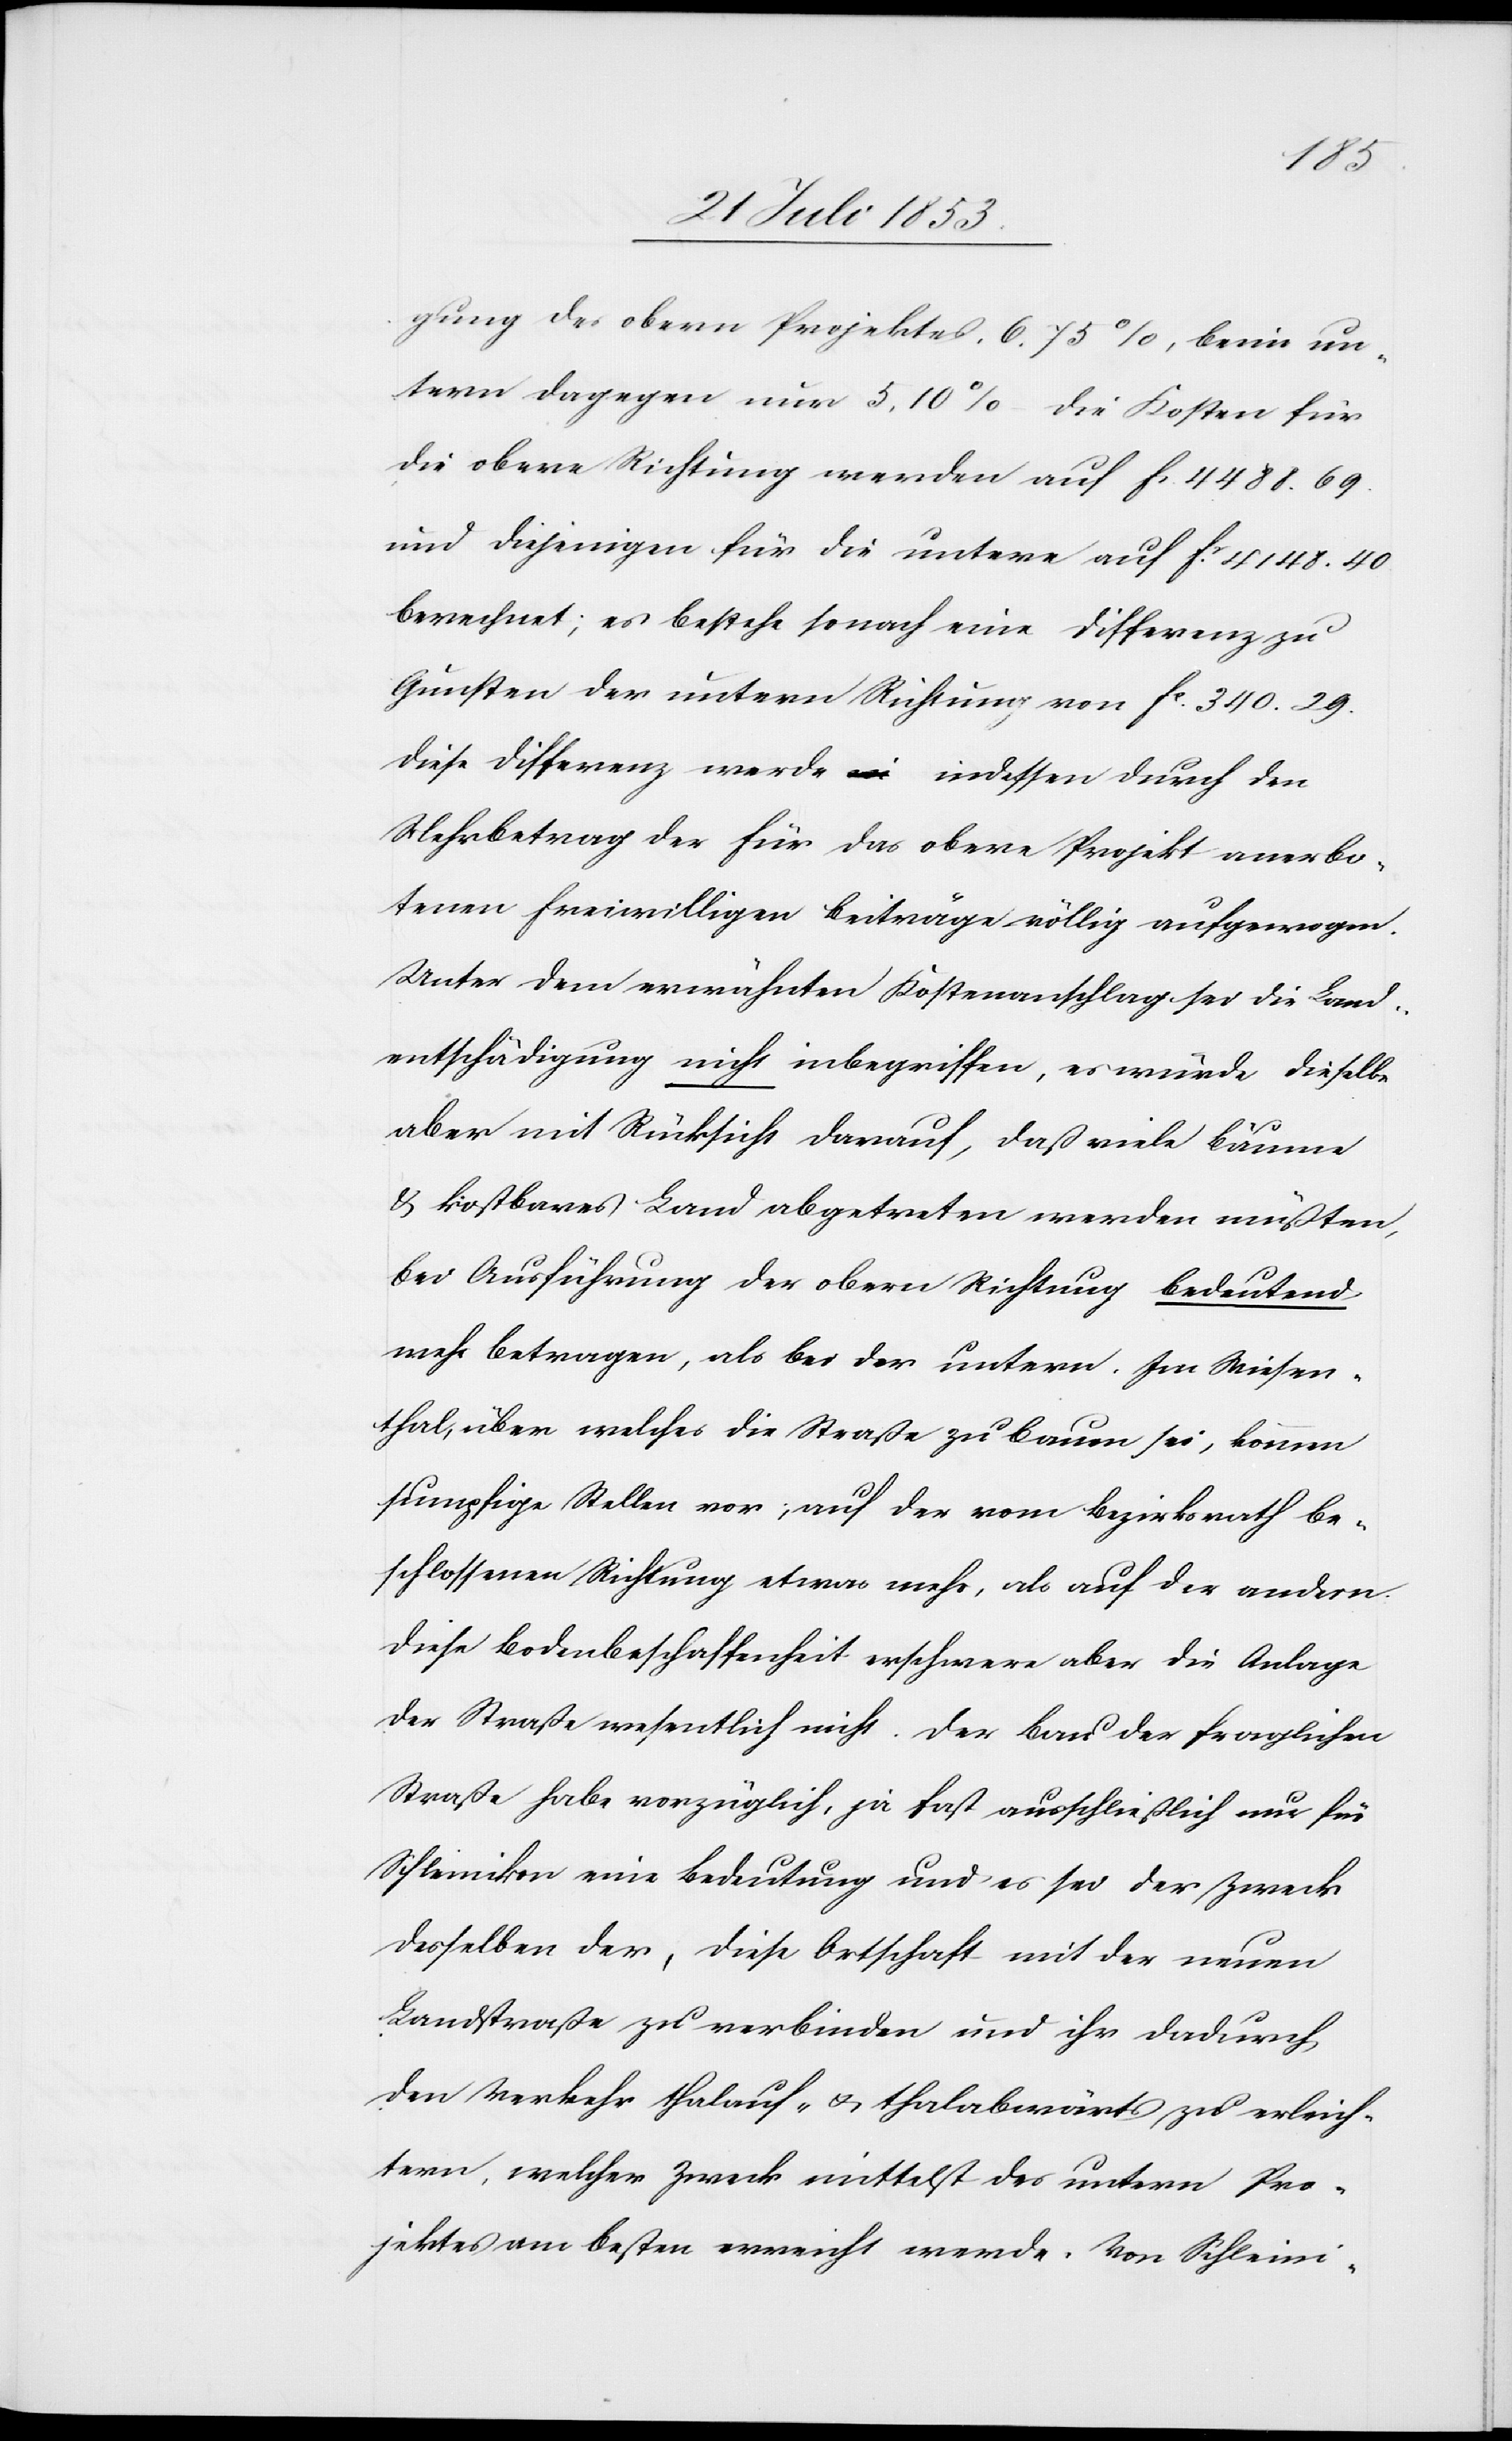
gung des obern Projektes 6,73%, beim un¬
tern dagegen nur 5,10%. Die Kosten für
die obere Richtung werden auf fr. 4488.69
und diejenigen für die untere auf fr. 4148.40
berechnet; es bestehe sonach eine Differenz zu
Gunsten der untern Richtung von fr. 340.29.
Diese Differenz werde indessen durch den
Mehrbetrag der für das obere Projekt anerbo¬
tenen freiwilligen Beiträge völlig aufgewogen.
Unter dem erwähnten Kostenanschlag sei die Land¬
entschädigung nicht inbegriffen, es würde dieselbe
aber mit Rücksicht darauf, daß viele Bäume
u. kostbares Land abgetreten werden müßten,
bei Ausführung der obern Richtung bedeutend
mehr betragen, als bei der untern. Im Wiesen¬
thal, über welches die Straße zu bauen sei, kommen
sumpfige Stellen vor; auf der vom Bezirksrath be¬
schlossenen Richtung etwas mehr, als auf der andern.
Diese Bodenbeschaffenheit erschwere aber die Anlage
der Straße wesentlich nicht. Der Bau der fraglichen
Straße habe vorzüglich, ja fast ausschließlich nur für
Schleinikon eine Bedeutung und es sei der Zweck
derselben der [sic!], diese Ortschaft mit der neuen
Landstraße zu verbinden und ihr dadurch
den Verkehr thalauf- u. thalabwärts zu erleich¬
tern, welcher Zweck mittelst des untern Pro¬
jektes am besten erreicht werde. Von Schleini-